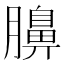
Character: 䑄